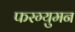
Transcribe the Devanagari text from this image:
फरग्युमन